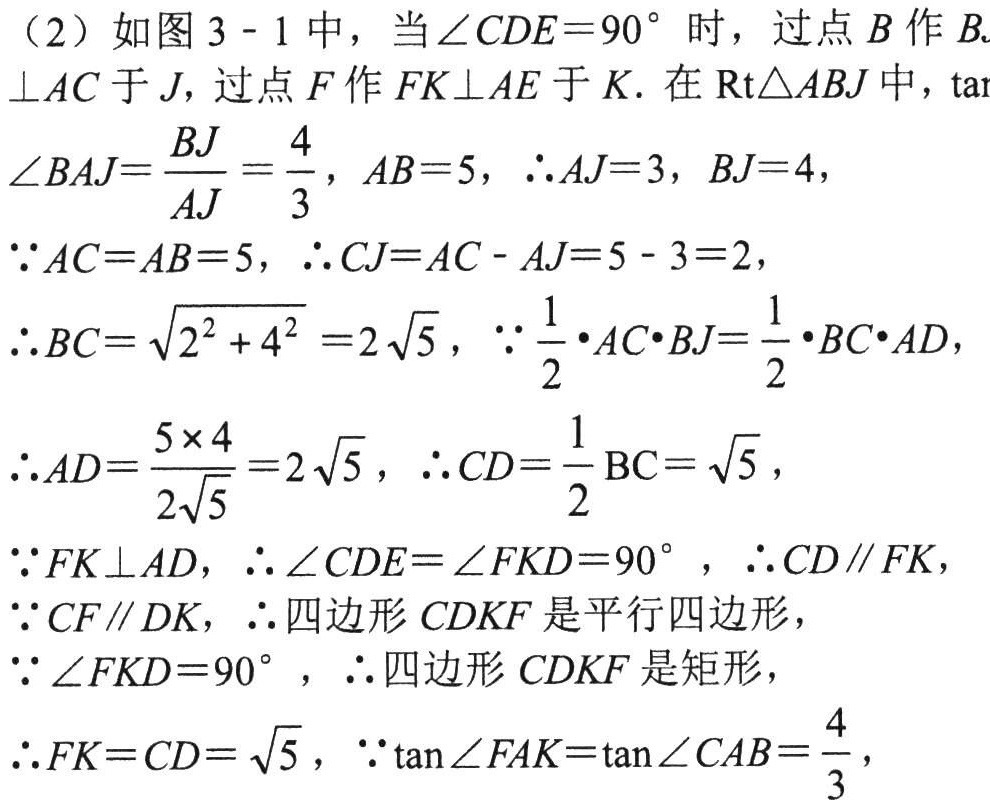
（2）如图3 - 1中，当\(\angle CDE = 90^{\circ}\)时，过点\(B\)作\(BJ\perp AC\)于\(J\)，过点\(F\)作\(FK\perp AE\)于\(K\). 在\(\text{Rt}\triangle ABJ\)中，\(\tan\angle BAJ=\frac{BJ}{AJ}=\frac{4}{3}\)，\(AB = 5\)，\(\therefore AJ = 3\)，\(BJ = 4\)，
\(\because AC = AB = 5\)，\(\therefore CJ=AC - AJ = 5 - 3 = 2\)，
\(\therefore BC=\sqrt{2^{2}+4^{2}} = 2\sqrt{5}\)，\(\because\frac{1}{2}\cdot AC\cdot BJ=\frac{1}{2}\cdot BC\cdot AD\)，
\(\therefore AD=\frac{5\times 4}{2\sqrt{5}} = 2\sqrt{5}\)，\(\therefore CD=\frac{1}{2}BC=\sqrt{5}\)，
\(\because FK\perp AD\)，\(\therefore\angle CDE=\angle FKD = 90^{\circ}\)，\(\therefore CD\parallel FK\)，
\(\because CF\parallel DK\)，\(\therefore\)四边形\(CDKF\)是平行四边形，
\(\because\angle FKD = 90^{\circ}\)，\(\therefore\)四边形\(CDKF\)是矩形，
\(\therefore FK = CD=\sqrt{5}\)，\(\because\tan\angle FAK=\tan\angle CAB=\frac{4}{3}\)，